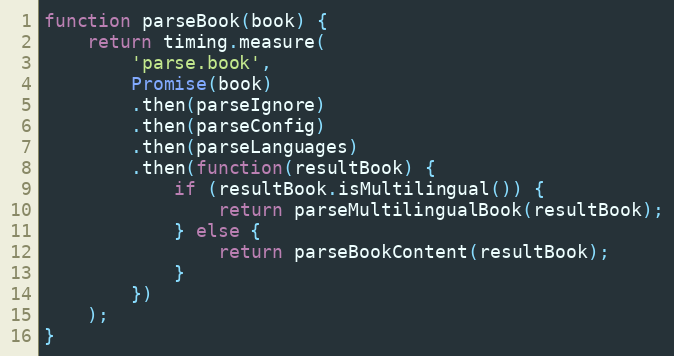
Language: JavaScript
function parseBook(book) {
    return timing.measure(
        'parse.book',
        Promise(book)
        .then(parseIgnore)
        .then(parseConfig)
        .then(parseLanguages)
        .then(function(resultBook) {
            if (resultBook.isMultilingual()) {
                return parseMultilingualBook(resultBook);
            } else {
                return parseBookContent(resultBook);
            }
        })
    );
}